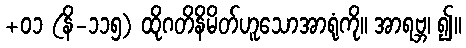
+၀၁ (နိ-၁၁၅) ထိုဂတိနိမိတ်ဟူသောအာရုံကို။ အာရဗ္ဘ၊ ၍။